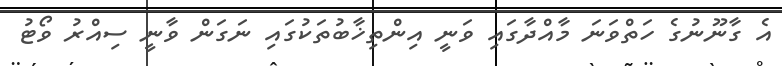
އެ ގާނޫނުގެ ހަތްވަނަ މާއްދާގައި ވަނީ އިންތިޚާބުތަކުގައި ނަގަން ވާނީ ސިއްރު ވޯޓު